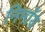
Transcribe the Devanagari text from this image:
निमाॅय